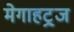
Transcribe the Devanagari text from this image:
मेगाहट्र्ज